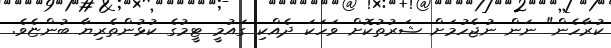
ކުރާހެން" ނަން ނުޖެހުމަށް ޝަރުތުކޮށް ވަހަކަ ދެއްކި ގައުމީ ޓީމުގެ ކުޅުންތެރިޔާ ބުންޏެވެ.